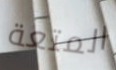
المتعة